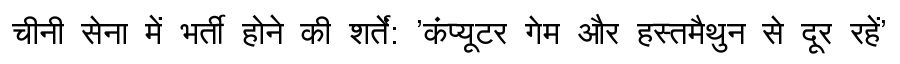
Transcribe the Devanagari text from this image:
चीनी सेना में भर्ती होने की शर्तें: 'कंप्यूटर गेम और हस्तमैथुन से दूर रहें'